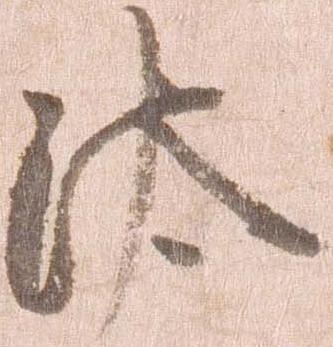
汰